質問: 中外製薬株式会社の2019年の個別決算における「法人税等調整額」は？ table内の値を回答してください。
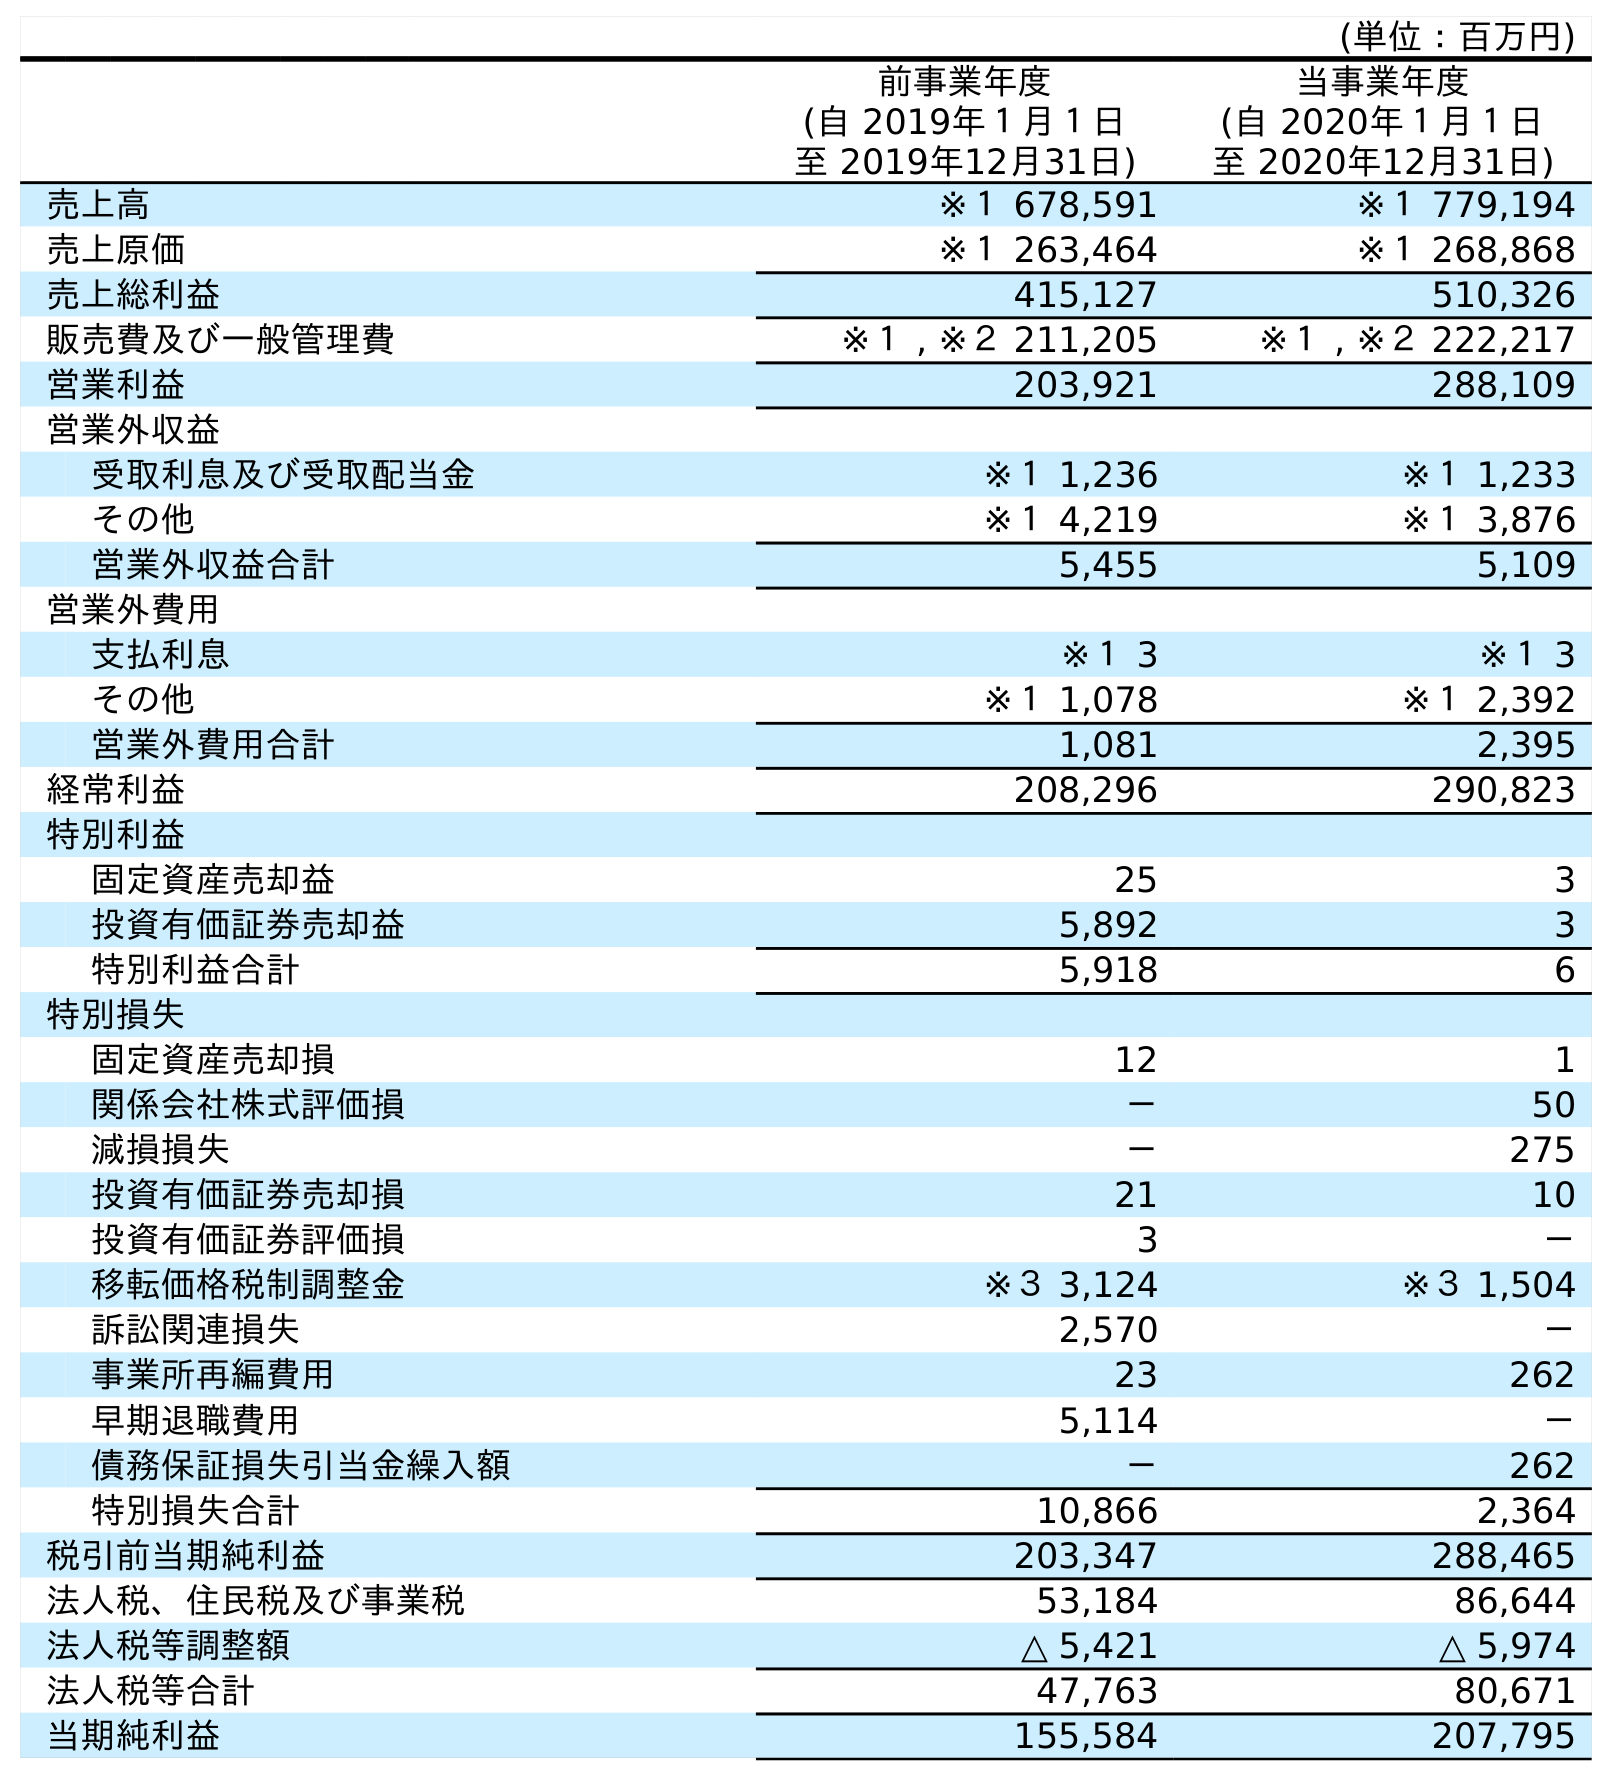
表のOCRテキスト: (単位：百万円) 前事業年度 (自 2019年１月１日 至 2019年12月31日) 当事業年度 (自 2020年１月１日 至 2020年12月31日) 売上高 ※１ 678,591 ※１ 779,194 売上原価 ※１ 263,464 ※１ 268,868 売上総利益 415,127 510,326 販売費及び一般管理費 ※１ , ※２ 211,205 ※１ , ※２ 222,217 営業利益 203,921 288,109 営業外収益 受取利息及び受取配当金 ※１ 1,236 ※１ 1,233 その他 ※１ 4,219 ※１ 3,876 営業外収益合計 5,455 5,109 営業外費用 支払利息 ※１ 3 ※１ 3 その他 ※１ 1,078 ※１ 2,392 営業外費用合計 1,081 2,395 経常利益 208,296 290,823 特別利益 固定資産売却益 25 3 投資有価証券売却益 5,892 3 特別利益合計 5,918 6 特別損失 固定資産売却損 12 1 関係会社株式評価損 － 50 減損損失 － 275 投資有価証券売却損 21 10 投資有価証券評価損 3 － 移転価格税制調整金 ※３ 3,124 ※３ 1,504 訴訟関連損失 2,570 － 事業所再編費用 23 262 早期退職費用 5,114 － 債務保証損失引当金繰入額 － 262 特別損失合計 10,866 2,364 税引前当期純利益 203,347 288,465 法人税、住民税及び事業税 53,184 86,644 法人税等調整額 △ 5,421 △ 5,974 法人税等合計 47,763 80,671 当期純利益 155,584 207,795
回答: △5,421